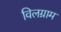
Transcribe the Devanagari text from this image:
विलग्राम